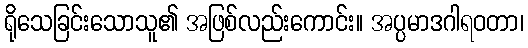
ရိုသေခြင်းသောသူ၏ အဖြစ်လည်းကောင်း။ အပ္ပမာဒဂါရဝတာ၊